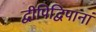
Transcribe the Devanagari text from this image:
द्वीपिद्विपानां